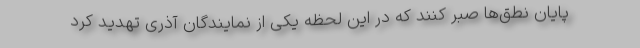
پایان نطق‌ها صبر کنند که در این لحظه یکی از نمایندگان آذری تهدید کرد